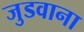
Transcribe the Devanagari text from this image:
जुडवाना